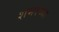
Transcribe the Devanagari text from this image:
शंभरच्या